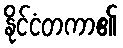
နိုင်ငံတကာ၏